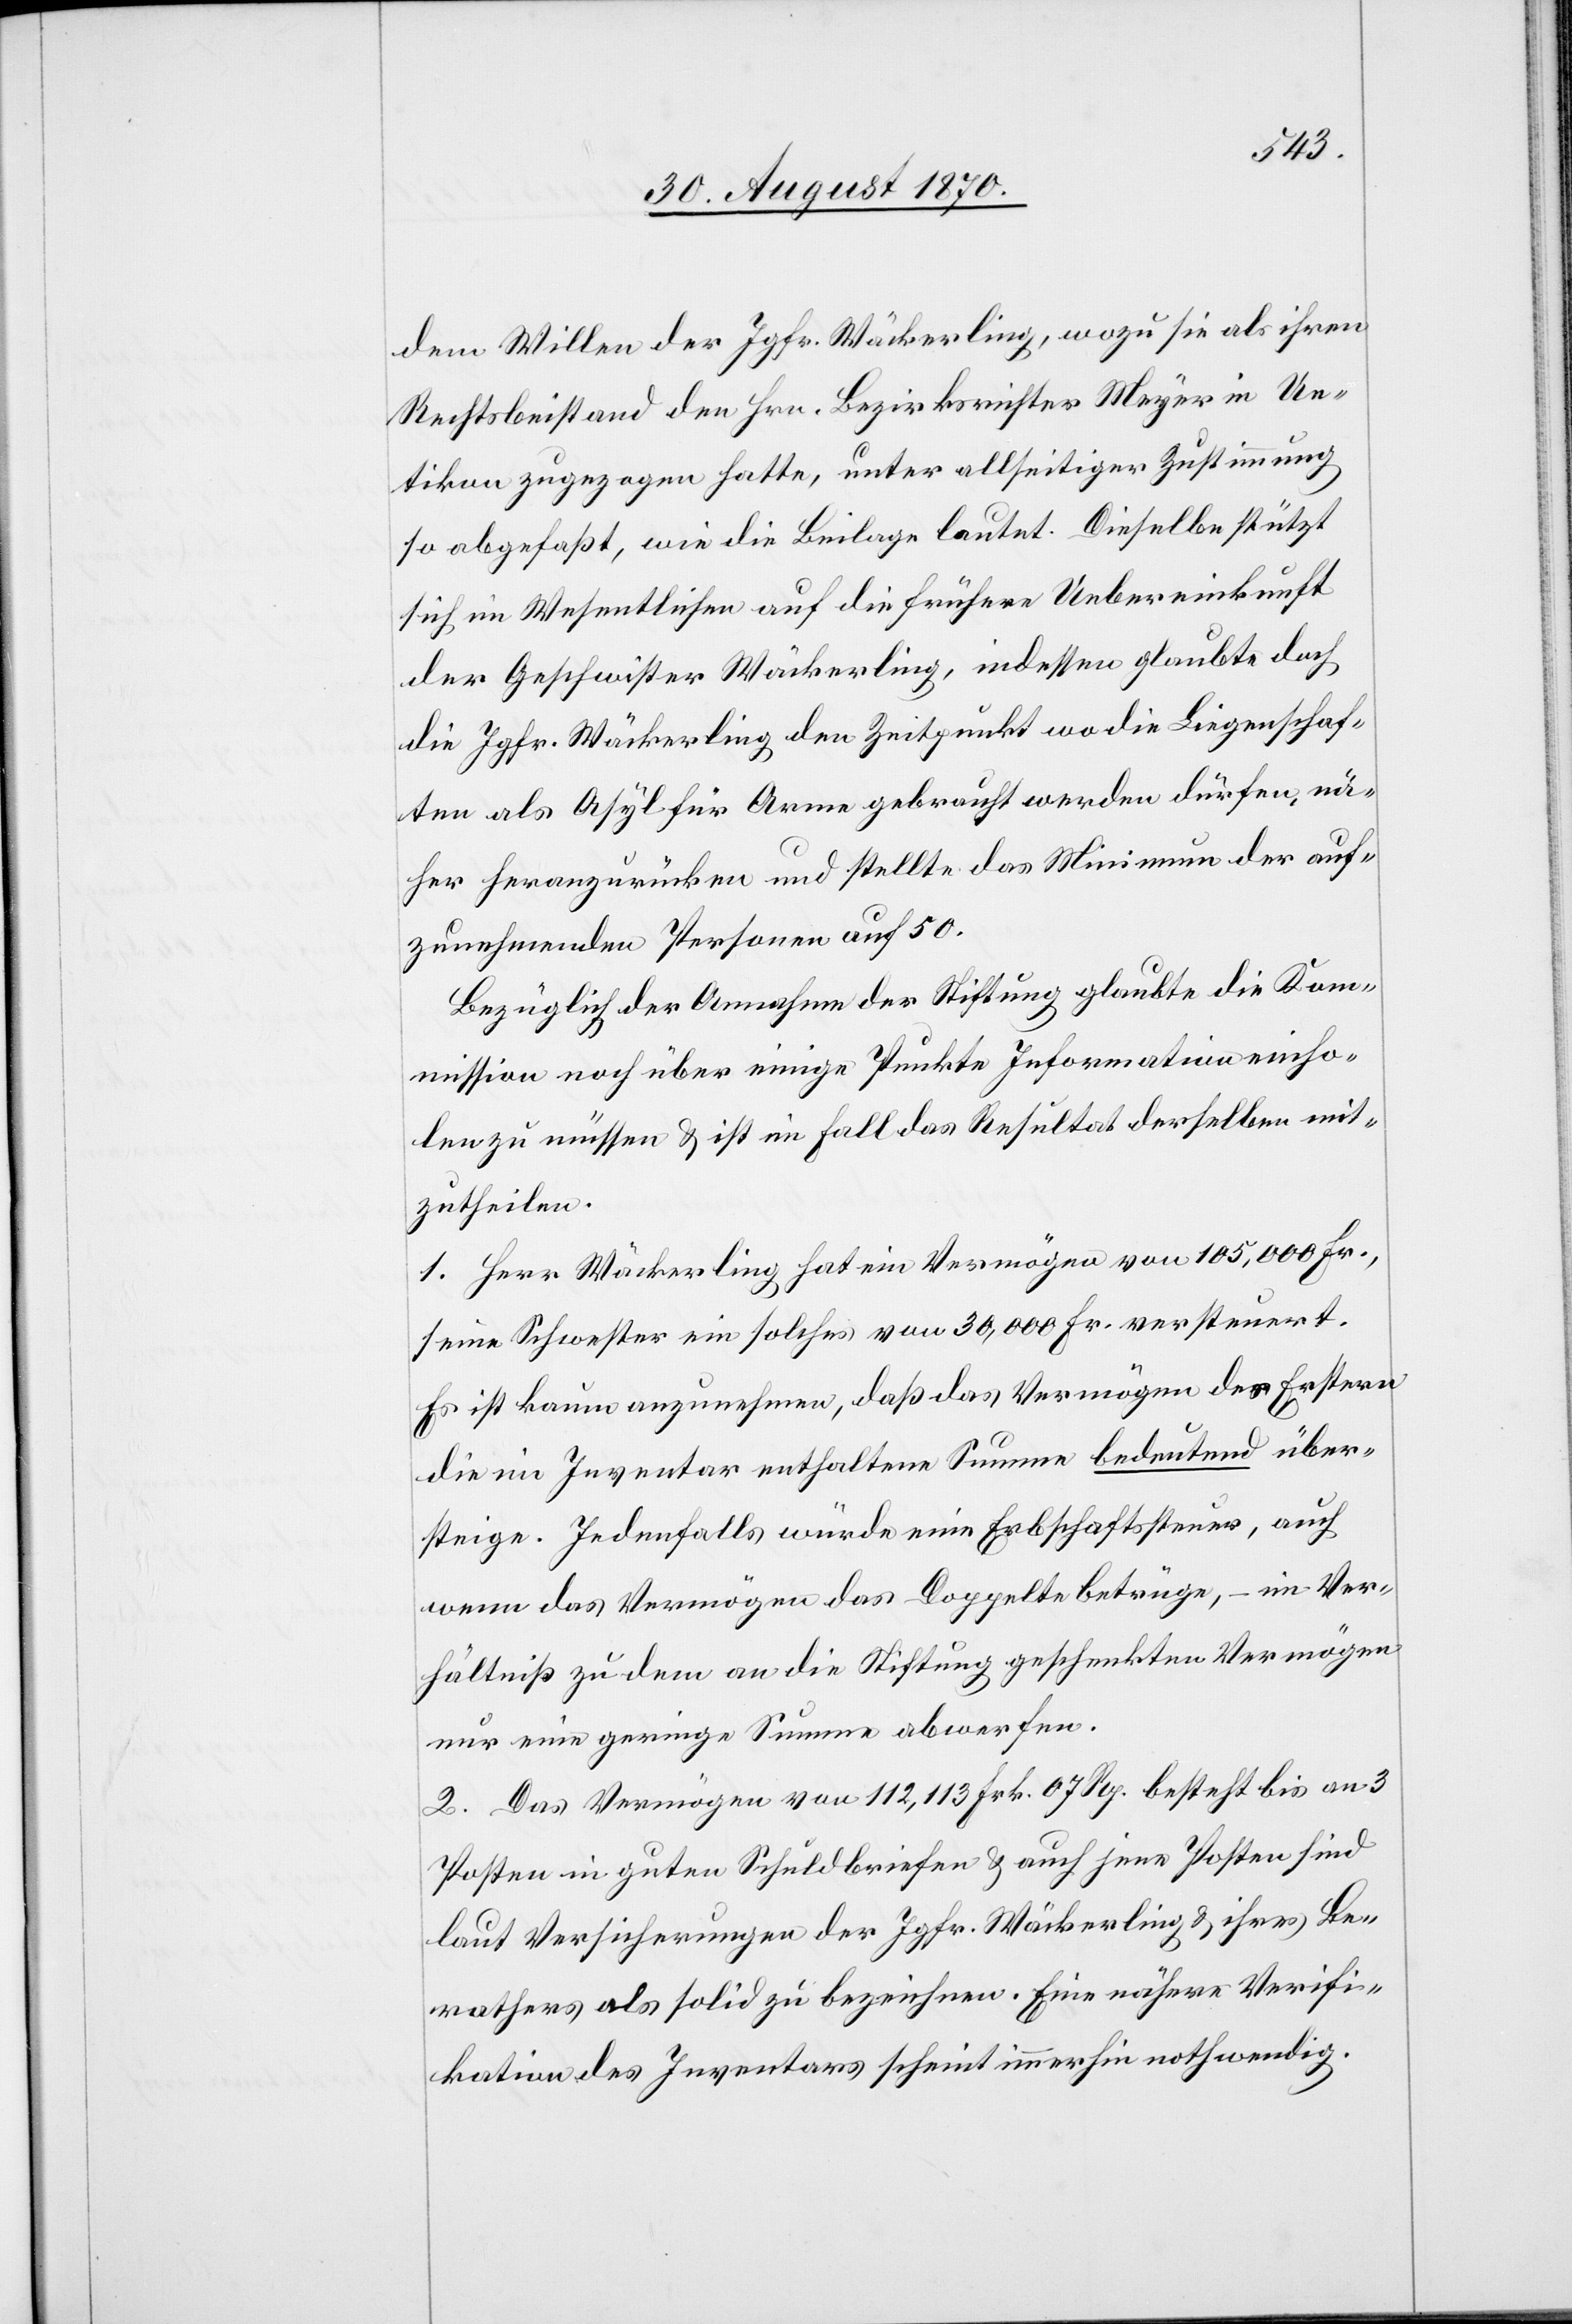
dem Willen der Jgfr. Wäckerling, wozu sie als ihren
Rechtsbeistand den Hrn. Bezirksrichter Meyer in Ue¬
tikon zugezogen hatte, unter allseitiger Zustimmung
so abgefaßt, wie die Beilage lautet. Dieselbe stützt
sich im Wesentlichen auf die frühere Uebereinkunft
der Geschwister Wäckerling, indessen glaubte doch
die Jgfr. Wäckerling den Zeitpunkt wo die Liegenschaf¬
ten als Asyl für Arme gebraucht werden dürften, nä¬
her heranzurücken und stellte das Minimum der auf¬
zunehmenden Personen auf 50.
Bezüglich der Annahme der Stiftung glaubte die Kom¬
mission noch über einige Punkte Informationen einho¬
len zu müssen & ist im Fall das Resultat derselben mit¬
zutheilen.
1. Herr Wäckerling hat ein Vermögen von 105,000 Fr.,
seine Schwester ein solches von 30,000 Fr. versteuert.
Es ist kaum anzunehmen, daß das Vermögen des Erstern
die im Inventar enthaltene Summe bedeutend über¬
steige. Jedenfalls würde eine Erbschaftssteuer, auch
wenn das Vermögen das Doppelte betrüge, – im Ver¬
hältniß zu dem an die Stiftung geschenkten Vermögen
nur eine geringe Summe abwerfen.
2. Das Vermögen von 112,113 Frk. 07 Rp. besteht bis an 3
Posten in guten Schuldbriefen & auch jene Posten sind
laut Versicherungen der Jgfr. Wäckerling & ihres Be¬
rathers als solid zu bezeichnen. Eine nähere Verifi¬
kation des Inventars scheint immerhin nothwendig.